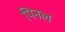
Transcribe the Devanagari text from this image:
पिनल